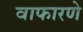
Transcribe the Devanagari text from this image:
वाफारणे